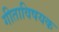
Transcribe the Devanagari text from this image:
गीताविषयक